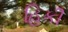
હિકી